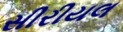
સીરીયલ